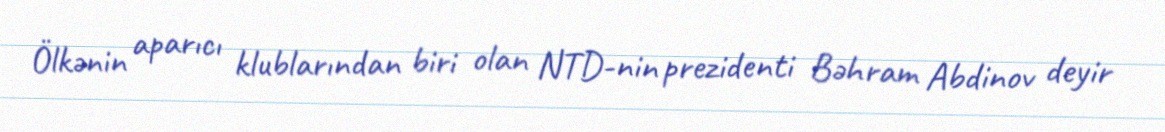
Ölkənin aparıcı klublarından biri olan NTD-nin prezidenti Bəhram Abdinov deyir